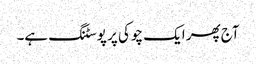
آج پھر ایک چوکی پر پوسٹنگ ہے۔